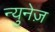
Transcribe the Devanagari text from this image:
न्युनेज़